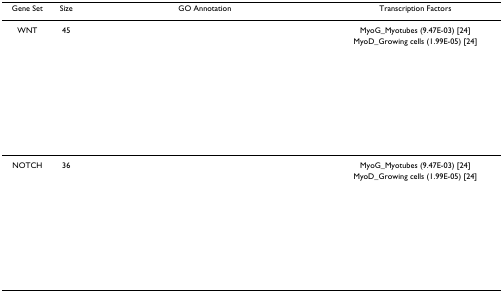
<table><thead><tr><td><b>Gene Set</b></td><td><b>Size</b></td><td><b>GO Annotation</b></td><td><b>Transcription Factors</b></td></tr></thead><tbody><tr><td>WNT</td><td>45</td><td>[EMPTY_CELL]</td><td>MyoG_Myotubes (9.47E-03) [24]</td></tr><tr><td>[EMPTY_CELL]</td><td>[EMPTY_CELL]</td><td>[EMPTY_CELL]</td><td>MyoD_Growing cells (1.99E-05) [24]</td></tr><tr><td>[EMPTY_CELL]</td><td>[EMPTY_CELL]</td><td>[EMPTY_CELL]</td><td>[EMPTY_CELL]</td></tr><tr><td>[EMPTY_CELL]</td><td>[EMPTY_CELL]</td><td>[EMPTY_CELL]</td><td>[EMPTY_CELL]</td></tr><tr><td>[EMPTY_CELL]</td><td>[EMPTY_CELL]</td><td>[EMPTY_CELL]</td><td>[EMPTY_CELL]</td></tr><tr><td>[EMPTY_CELL]</td><td>[EMPTY_CELL]</td><td>[EMPTY_CELL]</td><td>[EMPTY_CELL]</td></tr><tr><td>[EMPTY_CELL]</td><td>[EMPTY_CELL]</td><td>[EMPTY_CELL]</td><td>[EMPTY_CELL]</td></tr><tr><td>[EMPTY_CELL]</td><td>[EMPTY_CELL]</td><td>[EMPTY_CELL]</td><td>[EMPTY_CELL]</td></tr><tr><td>[EMPTY_CELL]</td><td>[EMPTY_CELL]</td><td>[EMPTY_CELL]</td><td>[EMPTY_CELL]</td></tr><tr><td>[EMPTY_CELL]</td><td>[EMPTY_CELL]</td><td>[EMPTY_CELL]</td><td>[EMPTY_CELL]</td></tr><tr><td>[EMPTY_CELL]</td><td>[EMPTY_CELL]</td><td>[EMPTY_CELL]</td><td>[EMPTY_CELL]</td></tr><tr><td>[EMPTY_CELL]</td><td>[EMPTY_CELL]</td><td>[EMPTY_CELL]</td><td>[EMPTY_CELL]</td></tr><tr><td>NOTCH</td><td>36</td><td>[EMPTY_CELL]</td><td>MyoG_Myotubes (9.47E-03) [24]</td></tr><tr><td>[EMPTY_CELL]</td><td>[EMPTY_CELL]</td><td>[EMPTY_CELL]</td><td>MyoD_Growing cells (1.99E-05) [24]</td></tr><tr><td>[EMPTY_CELL]</td><td>[EMPTY_CELL]</td><td>[EMPTY_CELL]</td><td>[EMPTY_CELL]</td></tr><tr><td>[EMPTY_CELL]</td><td>[EMPTY_CELL]</td><td>[EMPTY_CELL]</td><td>[EMPTY_CELL]</td></tr><tr><td>[EMPTY_CELL]</td><td>[EMPTY_CELL]</td><td>[EMPTY_CELL]</td><td>[EMPTY_CELL]</td></tr><tr><td>[EMPTY_CELL]</td><td>[EMPTY_CELL]</td><td>[EMPTY_CELL]</td><td>[EMPTY_CELL]</td></tr><tr><td>[EMPTY_CELL]</td><td>[EMPTY_CELL]</td><td>[EMPTY_CELL]</td><td>[EMPTY_CELL]</td></tr><tr><td>[EMPTY_CELL]</td><td>[EMPTY_CELL]</td><td>[EMPTY_CELL]</td><td>[EMPTY_CELL]</td></tr><tr><td>[EMPTY_CELL]</td><td>[EMPTY_CELL]</td><td>[EMPTY_CELL]</td><td>[EMPTY_CELL]</td></tr><tr><td>[EMPTY_CELL]</td><td>[EMPTY_CELL]</td><td>[EMPTY_CELL]</td><td>[EMPTY_CELL]</td></tr><tr><td>[EMPTY_CELL]</td><td>[EMPTY_CELL]</td><td>[EMPTY_CELL]</td><td>[EMPTY_CELL]</td></tr><tr><td>[EMPTY_CELL]</td><td>[EMPTY_CELL]</td><td>[EMPTY_CELL]</td><td>[EMPTY_CELL]</td></tr></tbody></table>